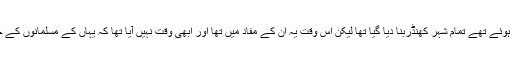
لاکھوں مسلمان زخمی ہوئے تھے تمام شہر کھنڈربنا دیا گیا تھا لیکن اس وقت یہ ان کے مفاد میں تھا اور ابھی وقت نہیں آیا تھا کہ یہاں کے مسلمانوں کے حق زبان کھولی جاتی ۔